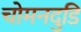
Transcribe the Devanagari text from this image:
चोमनदुडि